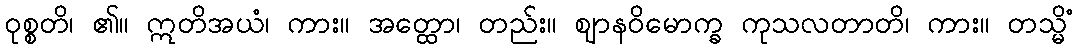
ဝုစ္စတိ၊ ၏။ ဣတိအယံ၊ ကား။ အတ္ထော၊ တည်း။ ဈာနဝိမောက္ခ ကုသလတာတိ၊ ကား။ တသ္မိံ